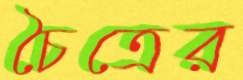
চৈত্রের